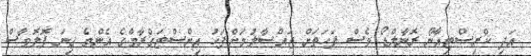
އަދި ކްރިސްޓިއާނޯ ރޮނާލްޑޯ ވެސް ފަހަތަށް ޖައްސާލުމަށްފަހު އިންސްޓަގްރާމްގެ އެންމެ ގިނަ ފޮލޮވާސް